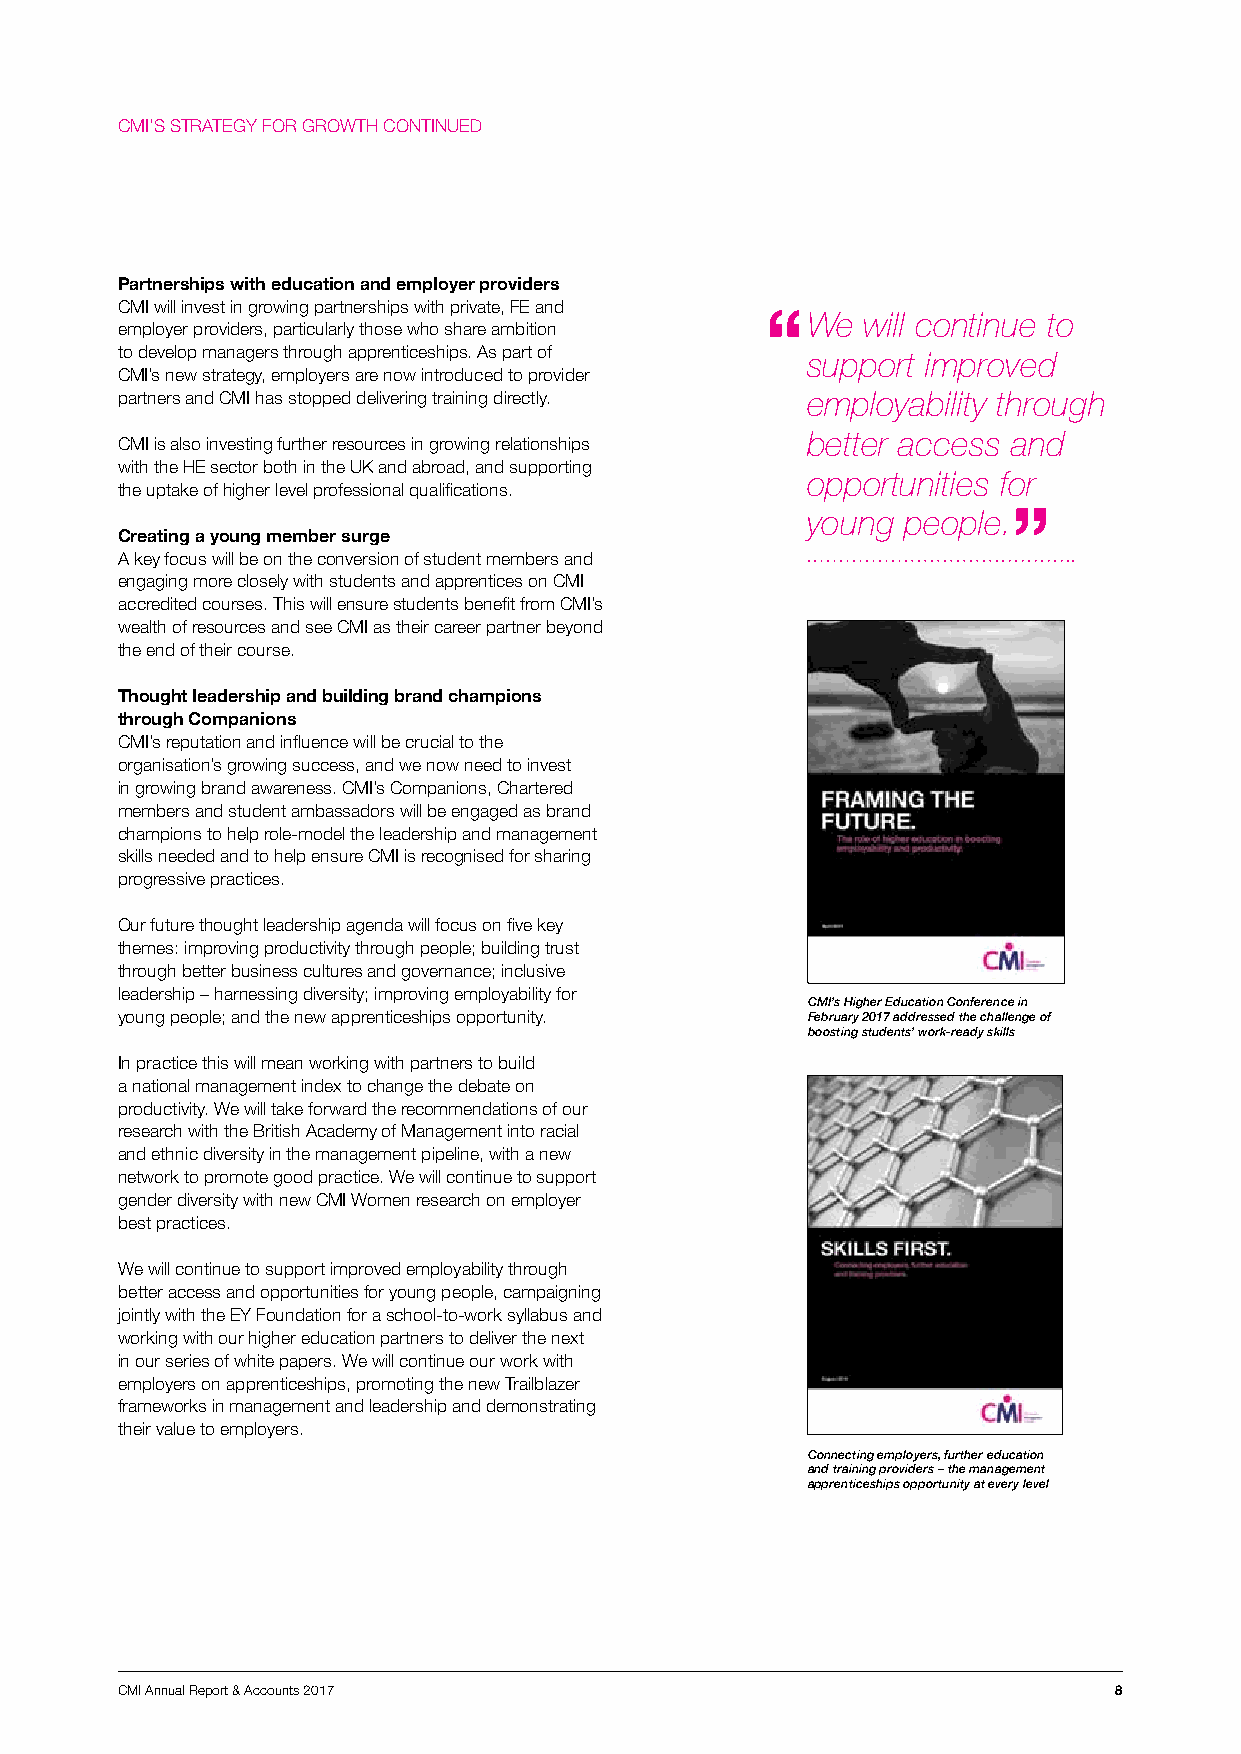
CMI’S STRATEGY FOR GROWTH CONTINUED
 Partnerships with education and employer providers
 CMI will invest in growing partnerships with private, FE and
 We  will continue to
 employer providers, particularly those who share ambition
 to develop managers through apprenticeships. As part of support improved
 CMI’s new strategy, employers are now introduced to provider
 partners and CMI has stopped delivering training directly. employability through
 better access and
 CMI is also investing further resources in growing relationships
 with the HE sector both in the UK and abroad, and supporting
 opportunities for
 the uptake of higher level professional qualifications.
 young  people.
 Creating a young member surge
 A key focus will be on the conversion of student members and
 engaging more closely with students and apprentices on CMI
 accredited courses. This will ensure students benefit from CMI’s
 wealth of resources and see CMI as their career partner beyond
 the end of their course.
 Thought leadership and building brand champions
 through Companions
 CMI’s reputation and influence will be crucial to the
 organisation’s growing success, and we now need to invest
 in growing brand awareness. CMI’s Companions, Chartered
 members and student ambassadors will be engaged as brand
 champions to help role-model the leadership and management
 skills needed and to help ensure CMI is recognised for sharing
 progressive practices.
 Our future thought leadership agenda will focus on five key
 themes: improving productivity through people; building trust
 through better business cultures and governance; inclusive
 leadership – harnessing diversity; improving employability for
 CMI’s Higher Education Conference in
 young people; and the new apprenticeships opportunity. February 2017 addressed the challenge of
 boosting students’ work-ready skills
 In practice this will mean working with partners to build
 a national management index to change the debate on
 productivity. We will take forward the recommendations of our
 research with the British Academy of Management into racial
 and ethnic diversity in the management pipeline, with a new
 network to promote good practice. We will continue to support
 gender diversity with new CMI Women research on employer
 best practices.
 We will continue to support improved employability through
 better access and opportunities for young people, campaigning
 jointly with the EY Foundation for a school-to-work syllabus and
 working with our higher education partners to deliver the next
 in our series of white papers. We will continue our work with
 employers on apprenticeships, promoting the new Trailblazer
 frameworks in management and leadership and demonstrating
 their value to employers.
 Connecting employers, further education
 and training providers – the management
 apprenticeships opportunity at every level
 CMI Annual Report & Accounts 2017                                 8